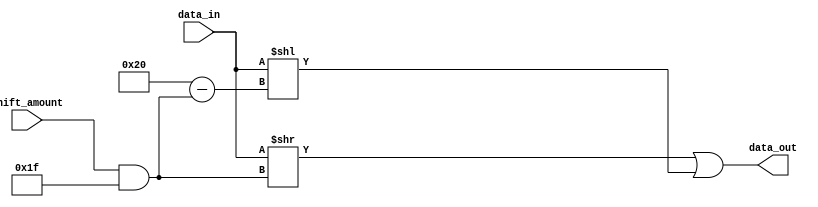
module bard_right(
    input [31:0] data_in,
    input [31:0] shift_amount,
    output [31:0] data_out
);

    assign data_out = (data_in >> (shift_amount & 31)) | (data_in << (32 - (shift_amount & 31)));

endmodule